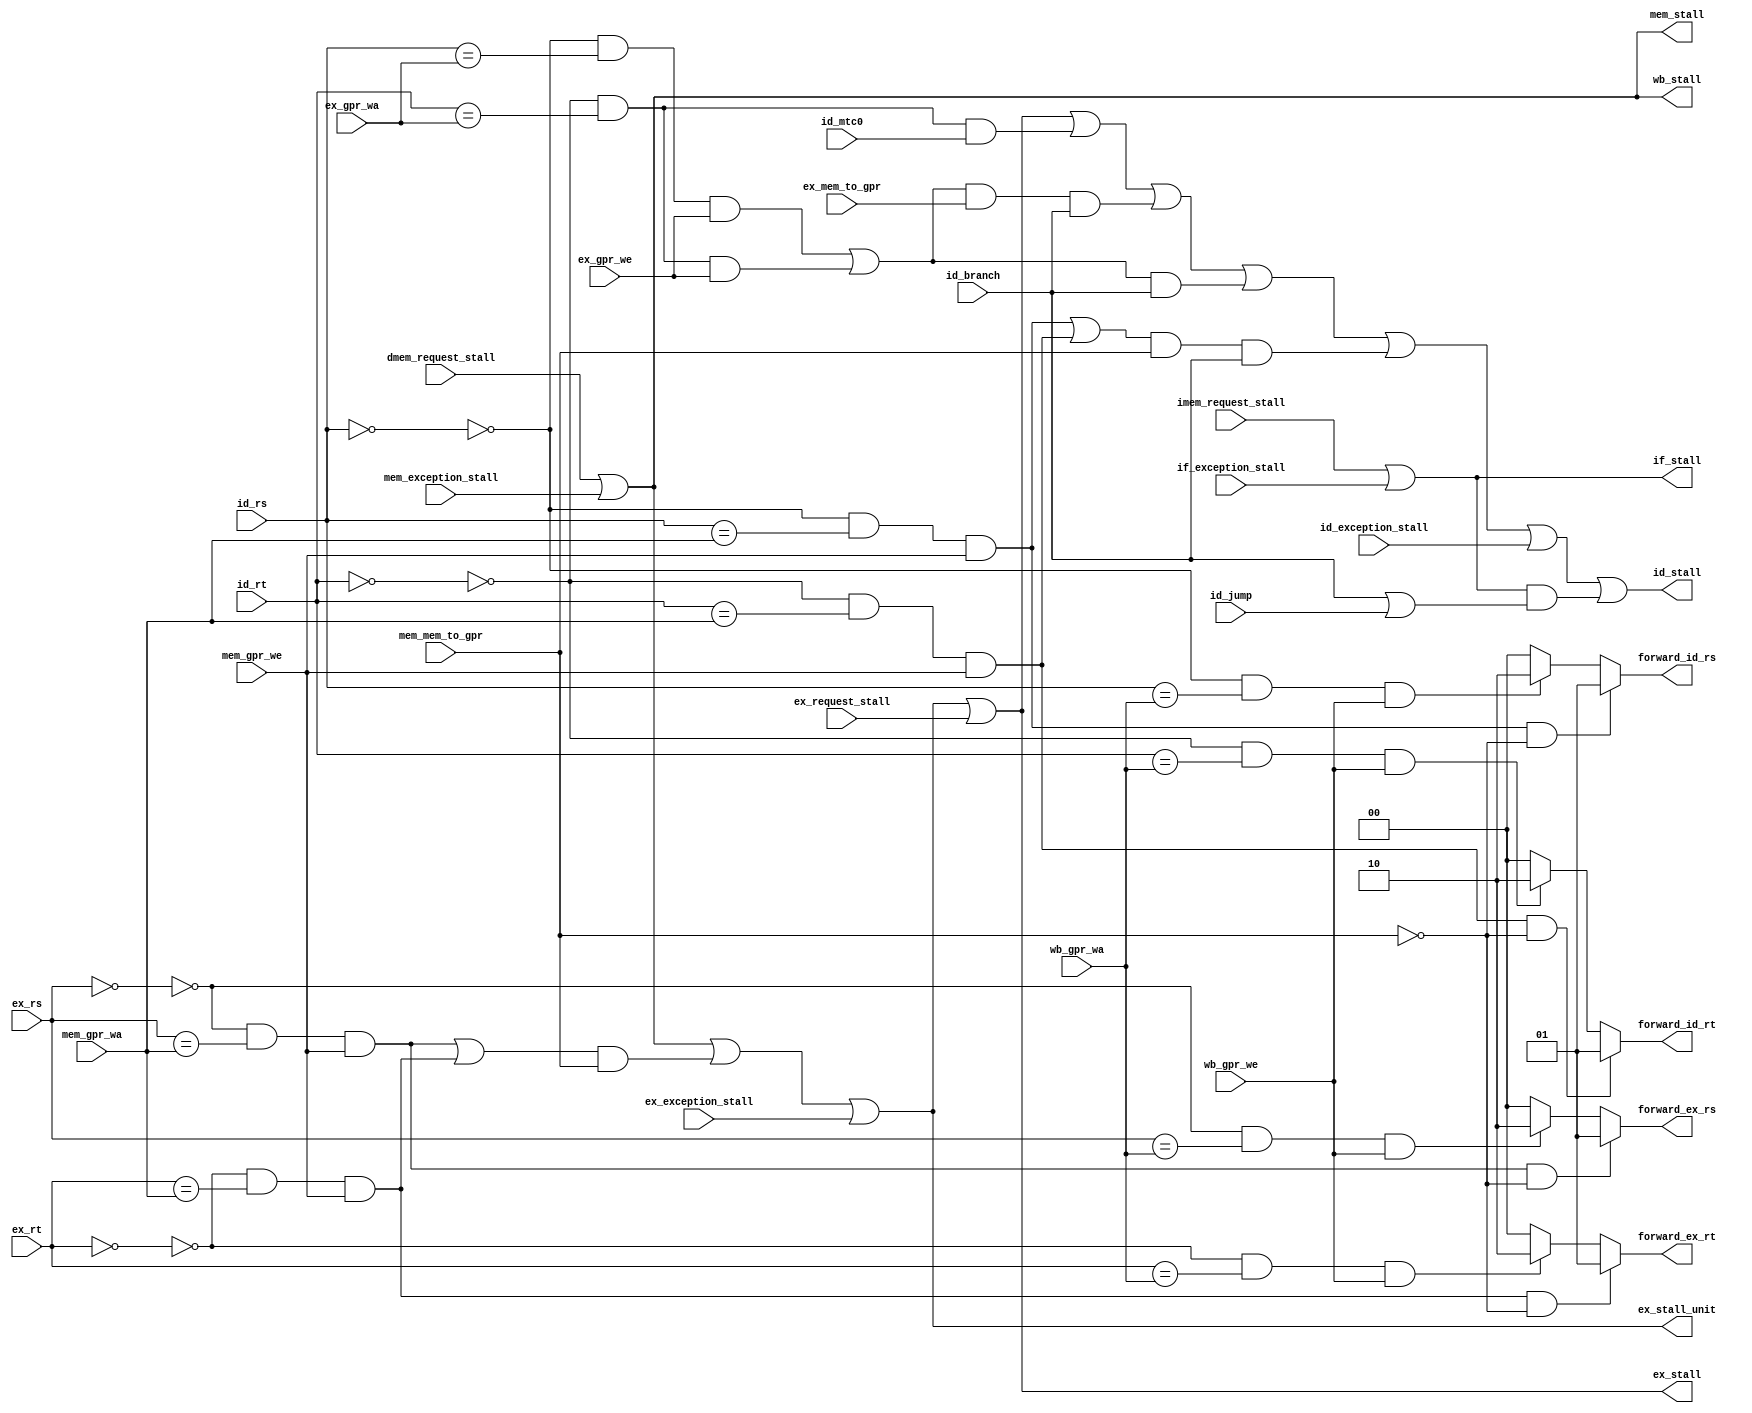
module musb_hazard_unit(
    input   [4:0]   id_rs,                  // Rs @ ID stage
    input   [4:0]   id_rt,                  // Rt @ ID stage
    input   [4:0]   ex_rs,                  // Rs @ EX stage
    input   [4:0]   ex_rt,                  // Rt @ EX stage
    input           id_mtc0,                // mtc0 instruction
    input   [4:0]   ex_gpr_wa,              // Write Address @ EX stage
    input   [4:0]   mem_gpr_wa,             // Write Address @ MEM stage
    input   [4:0]   wb_gpr_wa,              // Write Address @ WB stage
    input           id_branch,              // Branch signal
    input           id_jump,                // Branch signal
    input           ex_mem_to_gpr,          // Selector: MEM -> GPR @ EX
    input           mem_mem_to_gpr,         // Selector: MEM -> GPR @ MEM
    input           ex_gpr_we,              // GPR write enable @ EX
    input           mem_gpr_we,             // GPR write enable @ MEM
    input           wb_gpr_we,              // GPR write enable @ WB
    input           ex_request_stall,       // Ex unit request a stall
    input           dmem_request_stall,     // LSU: stall for Data access
    input           imem_request_stall,     // LSU: stall for Instruction Fetch
    input           if_exception_stall,     // Stall waiting for possible exception
    input           id_exception_stall,     // Stall waiting for possible exception
    input           ex_exception_stall,     // Stall waiting for possible exception
    input           mem_exception_stall,    //
    output  [1:0]   forward_id_rs,          // Forwarding Rs multiplexer: Selector @ ID
    output  [1:0]   forward_id_rt,          // Forwarding Rt multiplexer: Selector @ ID
    output  [1:0]   forward_ex_rs,          // Forwarding Rs multiplexer: Selector @ EX
    output  [1:0]   forward_ex_rt,          // Forwarding Rt multiplexer: Selector @ EX
    output          if_stall,               // Stall pipeline register
    output          id_stall,               // Stall pipeline register
    output          ex_stall,               // Stall pipeline register
    output          ex_stall_unit,          // Stall the EX unit.
    output          mem_stall,              // Stall pipeline register
    output          wb_stall                // Stall pipeline register
    );

    //--------------------------------------------------------------------------
    // Signal Declaration: wire
    //--------------------------------------------------------------------------
    // no forwarding if reading register zero
    wire id_rs_is_zero;
    wire id_rt_is_zero;
    wire ex_rs_is_zero;
    wire ex_rt_is_zero;
    // verify match: register address and write address (EX, MEM & WB)
    wire id_ex_rt_match_mtc0;
    wire id_ex_rt_match;
    wire id_ex_rs_match;
    wire id_mem_rs_match;
    wire id_mem_rt_match;
    wire id_wb_rs_match;
    wire id_wb_rt_match;
    wire ex_mem_rs_match;
    wire ex_mem_rt_match;
    wire ex_wb_rs_match;
    wire ex_wb_rt_match;
    // stall signals
    wire stall_id_rs_mtc0;
    wire stall_id_rs_rt_load_ex;
    wire stall_id_rs_rt_branch;
    wire stall_id_rs_rt_load_mem;
    wire stall_ex_rs_rt_load_mem;

    // forward signals
    wire forward_mem_id_rs;
    wire forward_mem_id_rt;
    wire forward_wb_id_rs;
    wire forward_wb_id_rt;
    wire forward_mem_ex_rs;
    wire forward_mem_ex_rt;
    wire forward_wb_ex_rs;
    wire forward_wb_ex_rt;

    //--------------------------------------------------------------------------
    // assignments
    //--------------------------------------------------------------------------
    assign id_rs_is_zero        = (id_rs == 5'b0);
    assign id_rt_is_zero        = (id_rt == 5'b0);
    assign ex_rs_is_zero        = (ex_rs == 5'b0);
    assign ex_rt_is_zero        = (ex_rt == 5'b0);

    assign id_ex_rt_match_mtc0  = (~id_rt_is_zero) & (id_rt == ex_gpr_wa)  & id_mtc0;           // Match register
    assign id_ex_rs_match       = (~id_rs_is_zero) & (id_rs == ex_gpr_wa)  & ex_gpr_we;         // Match registers
    assign id_ex_rt_match       = (~id_rt_is_zero) & (id_rt == ex_gpr_wa)  & ex_gpr_we;         // Match registers
    assign id_mem_rs_match      = (~id_rs_is_zero) & (id_rs == mem_gpr_wa) & mem_gpr_we;        // Match registers
    assign id_mem_rt_match      = (~id_rt_is_zero) & (id_rt == mem_gpr_wa) & mem_gpr_we;        // Match registers
    assign id_wb_rs_match       = (~id_rs_is_zero) & (id_rs == wb_gpr_wa)  & wb_gpr_we;         // Match registers
    assign id_wb_rt_match       = (~id_rt_is_zero) & (id_rt == wb_gpr_wa)  & wb_gpr_we;         // Match registers
    assign ex_mem_rs_match      = (~ex_rs_is_zero) & (ex_rs == mem_gpr_wa) & mem_gpr_we;        // Match registers
    assign ex_mem_rt_match      = (~ex_rt_is_zero) & (ex_rt == mem_gpr_wa) & mem_gpr_we;        // Match registers
    assign ex_wb_rs_match       = (~ex_rs_is_zero) & (ex_rs == wb_gpr_wa)  & wb_gpr_we;         // Match registers
    assign ex_wb_rt_match       = (~ex_rt_is_zero) & (ex_rt == wb_gpr_wa)  & wb_gpr_we;         // Match registers

    assign stall_id_rs_mtc0        = id_ex_rt_match_mtc0;
    assign stall_id_rs_rt_load_ex  = (id_ex_rs_match  | id_ex_rt_match)  & ex_mem_to_gpr  & id_branch;
    assign stall_id_rs_rt_branch   = (id_ex_rs_match  | id_ex_rt_match)  & id_branch;
    assign stall_id_rs_rt_load_mem = (id_mem_rs_match | id_mem_rt_match) & mem_mem_to_gpr & id_branch;
    assign stall_ex_rs_rt_load_mem = (ex_mem_rs_match | ex_mem_rt_match) & mem_mem_to_gpr;

    assign forward_mem_id_rs    = id_mem_rs_match & (~mem_mem_to_gpr);                          // No forward if instruction at MEM stage is a Load instruction
    assign forward_mem_id_rt    = id_mem_rt_match & (~mem_mem_to_gpr);                          // No forward if instruction at MEM stage is a Load instruction
    assign forward_wb_id_rs     = id_wb_rs_match;
    assign forward_wb_id_rt     = id_wb_rt_match;
    assign forward_mem_ex_rs    = ex_mem_rs_match & (~mem_mem_to_gpr);                          // No forward if instruction at MEM stage is a Load instruction
    assign forward_mem_ex_rt    = ex_mem_rt_match & (~mem_mem_to_gpr);                          // No forward if instruction at MEM stage is a Load instruction
    assign forward_wb_ex_rs     = ex_wb_rs_match;
    assign forward_wb_ex_rt     = ex_wb_rt_match;

    //--------------------------------------------------------------------------
    // Assign stall signals
    //--------------------------------------------------------------------------
    assign wb_stall         = mem_stall;
    assign mem_stall        = dmem_request_stall | mem_exception_stall;
    assign ex_stall_unit    = mem_stall | stall_ex_rs_rt_load_mem | ex_exception_stall;
    assign ex_stall         = ex_stall_unit | ex_request_stall;
    assign id_stall         = ex_stall  | stall_id_rs_mtc0 | stall_id_rs_rt_load_ex | stall_id_rs_rt_branch | stall_id_rs_rt_load_mem |
                              id_exception_stall | (if_stall & (id_branch | id_jump));
    assign if_stall         = imem_request_stall | if_exception_stall;                 // No id_stall to avoid loops

    //--------------------------------------------------------------------------
    // forwarding control signals
    //--------------------------------------------------------------------------
    // sel | ID stage           | EX stage
    //--------------------------------------------------------------------------
    // 00 -> ID (no forwarding) | EX (no forwarding)
    // 01 -> MEM                | MEM
    // 10 -> WB                 | WB
    // 11 -> don't care         | don't care
    //--------------------------------------------------------------------------
    assign forward_id_rs = (forward_mem_id_rs) ? 2'b01 : ((forward_wb_id_rs) ? 2'b10 : 2'b00);
    assign forward_id_rt = (forward_mem_id_rt) ? 2'b01 : ((forward_wb_id_rt) ? 2'b10 : 2'b00);
    assign forward_ex_rs = (forward_mem_ex_rs) ? 2'b01 : ((forward_wb_ex_rs) ? 2'b10 : 2'b00);
    assign forward_ex_rt = (forward_mem_ex_rt) ? 2'b01 : ((forward_wb_ex_rt) ? 2'b10 : 2'b00);
endmodule